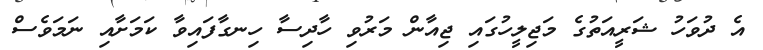
އެ ދުވަހު ޝަރީއަތުގެ މަޖިލީހުގައި ޖިއާން މަރުވި ހާދިސާ ހިނގާފައިވާ ކަމަށާއި ނަމަވެސް